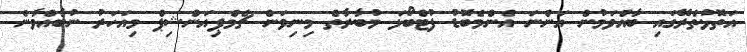
އަތޮޅުތެރޭގައި ބާއްވަމުން އަންނަ އެންމެބޮޑު ފުޓްބޯޅަ މުބާރާތް މިނިވަން ޗެމްޕިއަންޝިޕް މިއަހަރު ނުބާއްވާނެ